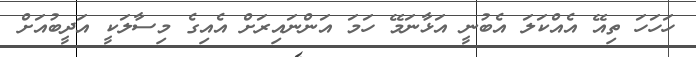
ހަހަހަ ތިއޭ އެއްކަލަ އެބުނީ އަޅާނަމޭ ހަމަ އަންނައިރަށް އެއިގެ މިސާލަކީ އަދީބުއަށް